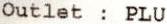
OUTLET : PLU